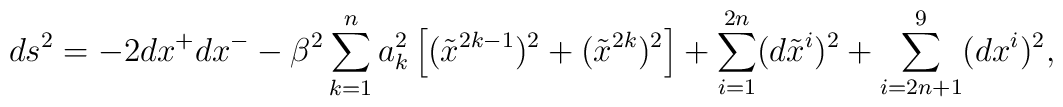
ds^2 = -2 dx^+ dx^-- \beta^2 \sum_{k=1}^n a_k^2 \left[ (\tilde{x}^{2k-1})^2 +(\tilde{x}^{2k})^2 \right]+ \sum_{i=1}^{2n} (d\tilde{x}^i)^2 + \sum_{i=2n+1}^9 (dx^i)^2,